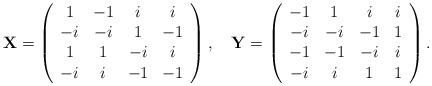
LaTeX: \begin{align*}\mathbf{X} =\left( \begin{array}{cccc}1&-1&i&i\\-i&-i&1&-1\\1&1&-i&i\\-i&i&-1&-1\end{array}\right), \quad\mathbf{Y} =\left( \begin{array}{cccc}-1&1&i&i\\-i&-i&-1&1\\-1&-1&-i&i\\-i&i&1&1\end{array}\right).\end{align*}